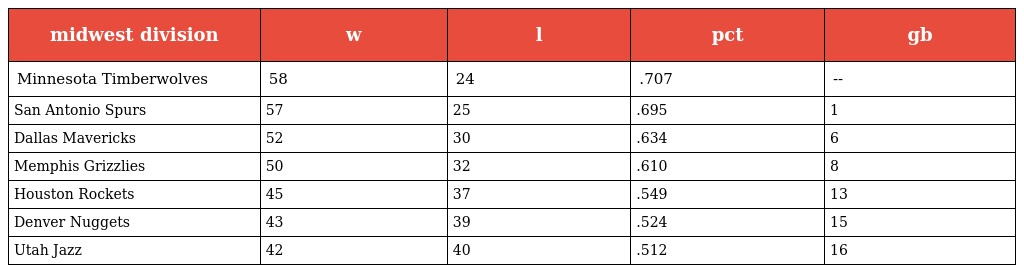
| midwest division | w | l | pct | gb |
 | --- | --- | --- | --- | --- |
 | Minnesota Timberwolves | 58 | 24 | .707 | -- |
 | San Antonio Spurs | 57 | 25 | .695 | 1 |
 | Dallas Mavericks | 52 | 30 | .634 | 6 |
 | Memphis Grizzlies | 50 | 32 | .610 | 8 |
 | Houston Rockets | 45 | 37 | .549 | 13 |
 | Denver Nuggets | 43 | 39 | .524 | 15 |
 | Utah Jazz | 42 | 40 | .512 | 16 |